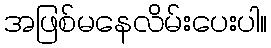
အဖြစ်မနေလိမ်းပေးပါ။